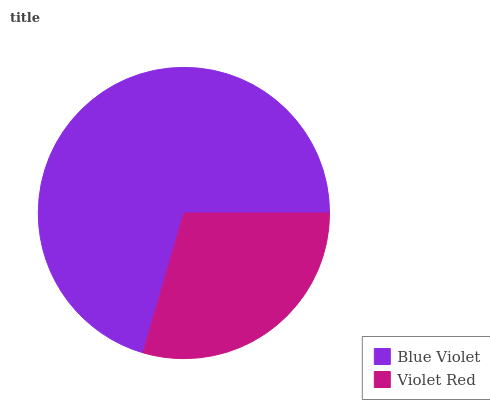
| Blue Violet | Violet Red |
 | --- | --- |
 | 70.4% | 29.6% |